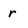
Character: r